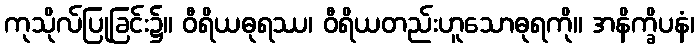
ကုသိုလ်ပြုခြင်း၌။ ဝီရိယဓုရဿ၊ ဝီရိယတည်းဟူသောဓုရကို။ အနိက္ခိပနံ၊